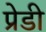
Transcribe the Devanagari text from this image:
प्रेडी